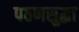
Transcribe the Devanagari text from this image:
पठणसुद्धा